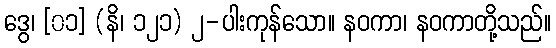
ဒွေ၊ [၀၁] (နိ၊ ၁၂၁) ၂-ပါးကုန်သော။ နဝကာ၊ နဝကာတို့သည်။